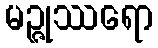
မဉ္ဇုဿရော